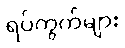
ရပ်ကွက်များ